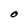
Character: O